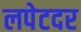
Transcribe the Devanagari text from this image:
लपेटदर